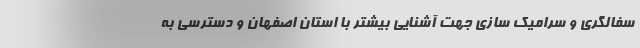
سفالگری و سرامیک سازی جهت آشنایی بیشتر با استان اصفهان و دسترسی به